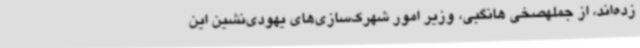
زده‌اند، از جملهصخی هانگبی، وزیر امور شهرک‌سازی‌های یهودی‌نشین این